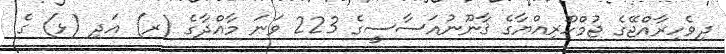
ދިވެހިރާއްޖޭގެ ޖުމްހޫރިއްޔާގެ ޤާނޫނުއަސާސީގެ 223 ވަނަ މާއްދާގެ (ރ) އަދި (ޅ) ގެ